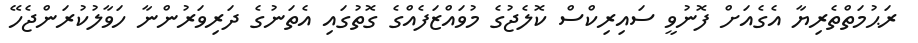
ރަޙުމަތްތެރިޔާ އެގެއަށް ފޮނުވީ ސައިރިކްސް ކޮލެޖުގެ މުވައްޒަފެއްގެ ގޮތުގައި އެތަނުގެ ދަރިވަރުންނާ ހަވާލުކުރަންޖެހޭ